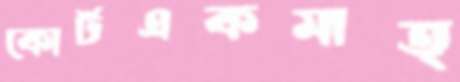
কোর্টএকমাত্